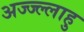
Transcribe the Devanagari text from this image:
अज्ज्ल्लाहु